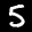
Label: 5